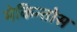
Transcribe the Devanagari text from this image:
मेकिन्तोस